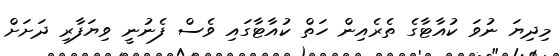
މިދިޔަ ނުވަ ކުއާޓާގެ ތެރެއިން ހަތް ކުއާޓާގައި ވެސް ފެނުނީ ވިޔަފާރި ދަށަށް